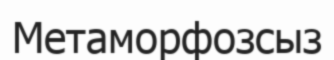
Метаморфозсыз